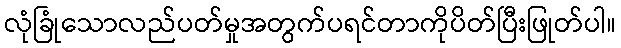
လုံခြုံသောလည်ပတ်မှုအတွက်ပရင်တာကိုပိတ်ပြီးဖြုတ်ပါ။